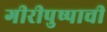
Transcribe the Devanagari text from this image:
गीरीपुष्पाची